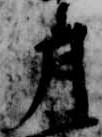
月